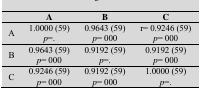
<table><thead><tr><td></td><td><b>A</b></td><td><b>B</b></td><td><b>C</b></td></tr></thead><tbody><tr><td>A</td><td>1.0000 (59)<i>p</i>=.</td><td>0.9643 (59)<i>p</i>= 000</td><td>r= 0.9246 (59)<i>p</i>= 000</td></tr><tr><td>B</td><td>0.9643 (59)<i>p</i>= 000</td><td>0.9192 (59)<i>p</i>=.</td><td>0.9192 (59)<i>p</i>= 000</td></tr><tr><td>C</td><td>0.9246 (59)<i>p</i>= 000</td><td>0.9192 (59)<i>p</i>= 000</td><td>1.0000 (59)<i>p</i>=.</td></tr></tbody></table>